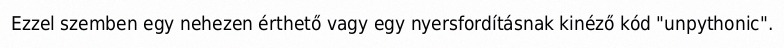
Ezzel szemben egy nehezen érthető vagy egy nyersfordításnak kinéző kód "unpythonic".